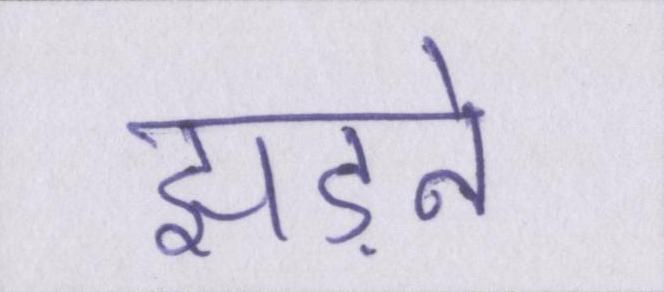
झड़ने